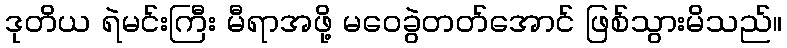
ဒုတိယ ရဲမင်းကြီး မီရာအဖို့ မဝေခွဲတတ်အောင် ဖြစ်သွားမိသည်။